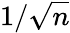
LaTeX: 1/{\sqrt{n}}